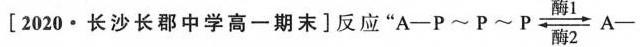
[2020·长沙长郡中学高一期末]反应 " A—P~P~P \xrightleftharpoons[酶2]{酶1} A—